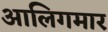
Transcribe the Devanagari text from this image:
आलिगमार